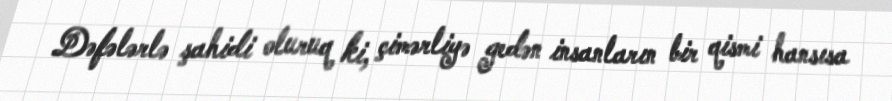
Dəfələrlə şahidi oluruq ki, çimərliyə gedən insanların bir qismi hansısa